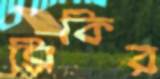
সিকির